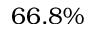
6 6 . 8 \%